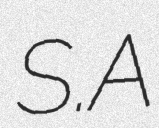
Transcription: S.A